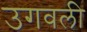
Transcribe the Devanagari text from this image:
उगवली